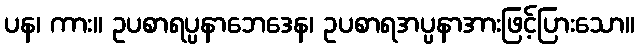
ပန၊ ကား။ ဥပစာရပ္ပနာဘေဒေန၊ ဥပစာရအပ္ပနာအားဖြင့်ပြားသော။